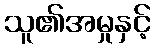
သူ၏အမှုနှင့်